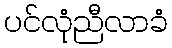
ပင်လုံညီလာခံ